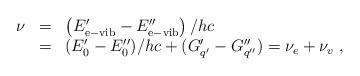
LaTeX: \begin{align*}\begin{array}{rcl}\nu&=&\left(E^\prime_{\rm e-vib}-E^{\prime\prime}_{\rm e-vib}\right)/hc\\ &=&(E_0^\prime-E_0^{\prime\prime})/hc+(G^\prime_{q^\prime}-G^{\prime\prime}_{q^{\prime\prime}})=\nu_e+\nu_{v}~,\end{array}\end{align*}